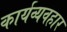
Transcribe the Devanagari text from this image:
कार्यव्यवहार